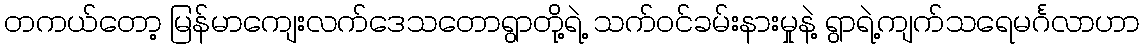
တကယ်တော့ မြန်မာကျေးလက်ဒေသတောရွာတို့ရဲ့ သက်ဝင်ခမ်းနားမှုနဲ့ ရွာရဲ့ကျက်သရေမင်္ဂလာဟာ